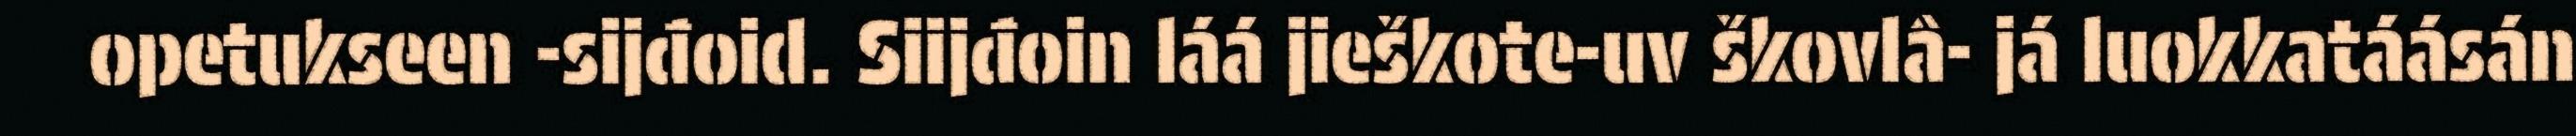
opetukseen -sijđoid. Siijđoin láá jieškote-uv škovlâ- já luokkatáásán